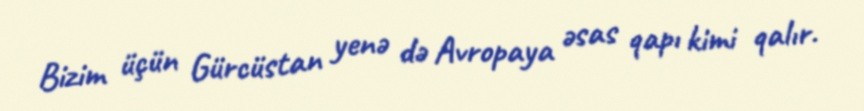
Bizim üçün Gürcüstan yenə də Avropaya əsas qapı kimi qalır.